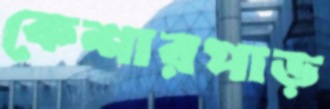
কেশারপাড়